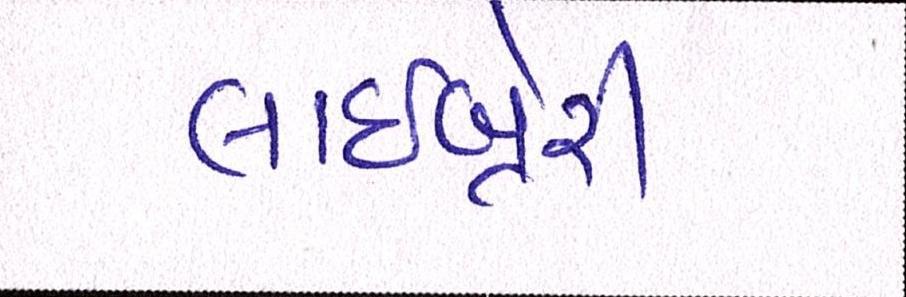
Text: લાઇબ્રેરી